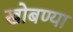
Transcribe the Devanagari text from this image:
खोबण्या